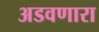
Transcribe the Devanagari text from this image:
अडवणारा